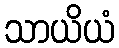
သာယိယံ